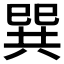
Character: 巽